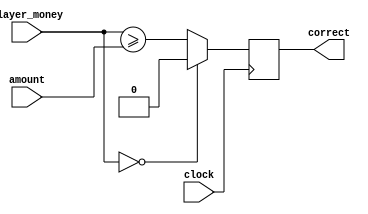
module verify_amount(player_money, amount, clock, correct);
	input [7:0] player_money;
	input [7:0] amount;
	input clock;
	
	output reg correct;
	
	always @(posedge clock)
	begin
		case (player_money)
			8'b0:
				correct <= 1'b0;
			default:
				correct <=  player_money >= amount;
		endcase
	end
endmodule